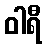
ဝါရီ